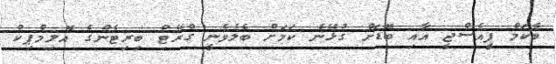
ބެކަމް ޕީއެސްޖީ އާއި ބޮޑަށް ގުޅޭނެ ކަމަށް ބެލެވެނީ ގްރޭޓް ބިރިޓެންގެ އޮލިމްޕިކް